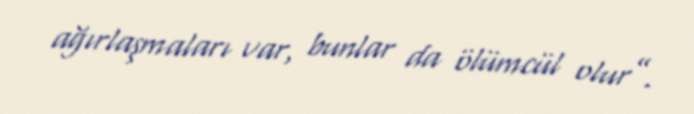
ağırlaşmaları var, bunlar da ölümcül olur”.